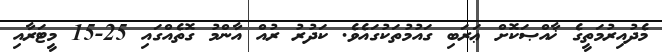
މެދުއިރުމަތީގެ ޚާއްޞަކޮށް ޢަރަބި ގައުމުތަކުގައެވެ. ކަދުރު ރުއް އާންމު ގޮތެއްގައި 25-15 މީޓަރާއި